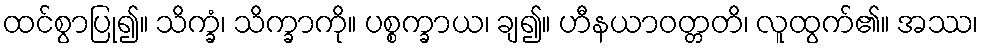
ထင်စွာပြု၍။ သိက္ခံ၊ သိက္ခာကို။ ပစ္စက္ခာယ၊ ချ၍။ ဟီနယာဝတ္တတိ၊ လူထွက်၏။ အဿ၊